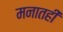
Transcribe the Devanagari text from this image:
मनातही